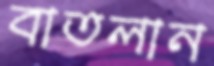
বাতলান